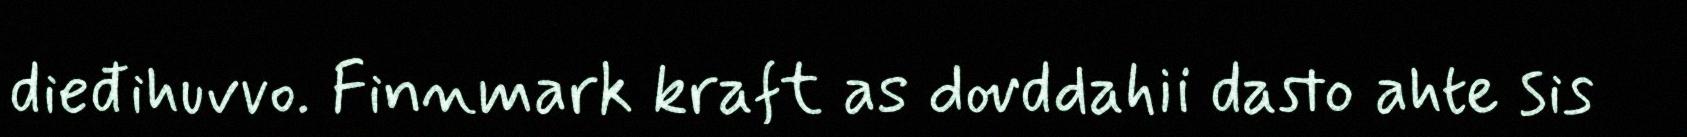
dieđihuvvo. Finnmark kraft as dovddahii dasto ahte sis